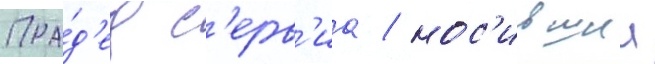
Пра́д'ед с'ерв'иа / нос'ившии